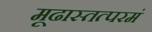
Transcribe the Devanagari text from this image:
मूढास्तत्परमं